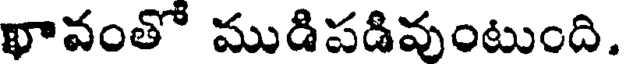
ఖావంతో ముడిపడివుంటుంది.